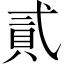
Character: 貳